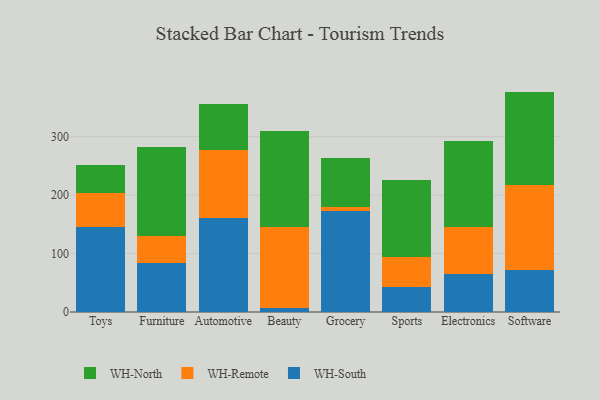
{"axis": {"x": "Category", "y": "Production Output"}, "legend": ["WH-North", "WH-Remote", "WH-South"], "data": [{"x": "Toys", "y": 144.7, "type": "WH-South"}, {"x": "Toys", "y": 59.7, "type": "WH-Remote"}, {"x": "Toys", "y": 47.5, "type": "WH-North"}, {"x": "Furniture", "y": 84.6, "type": "WH-South"}, {"x": "Furniture", "y": 44.7, "type": "WH-Remote"}, {"x": "Furniture", "y": 152.8, "type": "WH-North"}, {"x": "Automotive", "y": 160.4, "type": "WH-South"}, {"x": "Automotive", "y": 115.9, "type": "WH-Remote"}, {"x": "Automotive", "y": 79.6, "type": "WH-North"}, {"x": "Beauty", "y": 7.7, "type": "WH-South"}, {"x": "Beauty", "y": 138.2, "type": "WH-Remote"}, {"x": "Beauty", "y": 163.3, "type": "WH-North"}, {"x": "Grocery", "y": 173.6, "type": "WH-South"}, {"x": "Grocery", "y": 5.5, "type": "WH-Remote"}, {"x": "Grocery", "y": 84.9, "type": "WH-North"}, {"x": "Sports", "y": 42.0, "type": "WH-South"}, {"x": "Sports", "y": 51.4, "type": "WH-Remote"}, {"x": "Sports", "y": 132.2, "type": "WH-North"}, {"x": "Electronics", "y": 65.1, "type": "WH-South"}, {"x": "Electronics", "y": 80.5, "type": "WH-Remote"}, {"x": "Electronics", "y": 147.7, "type": "WH-North"}, {"x": "Software", "y": 72.1, "type": "WH-South"}, {"x": "Software", "y": 145.2, "type": "WH-Remote"}, {"x": "Software", "y": 159.7, "type": "WH-North"}]}